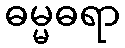
ဓမ္မဓရာ